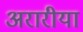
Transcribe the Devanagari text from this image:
अरारीया